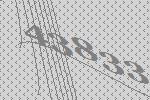
43833